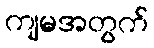
ကျမအတွက်